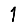
Digit: 1